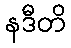
နဒီတိ